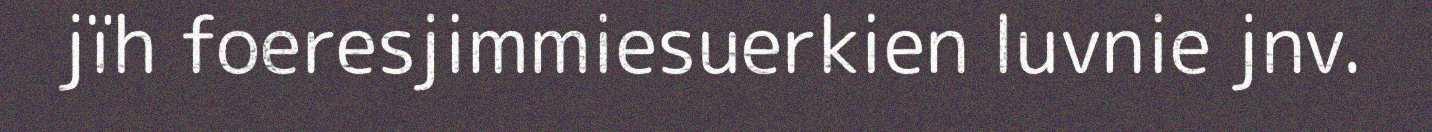
jïh foeresjimmiesuerkien luvnie jnv.